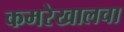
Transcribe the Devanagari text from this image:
कमरेखालचा